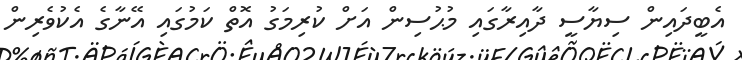
އެބީދައިން ސިޔާސީ ދާއިރާގައި މުޙުސިން އަށް ކުރިމަގު އޮތް ކަމުގައި އޭނާގެ އެކުވެރިން